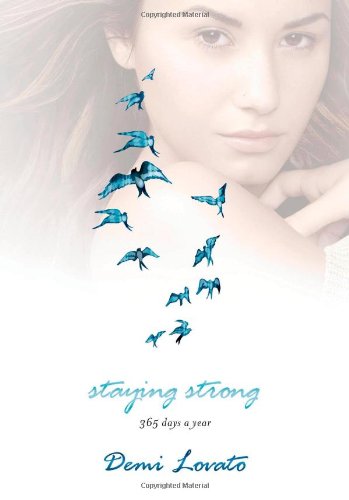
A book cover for Staying Strong: 365 Days a Year; Demi Lovato; Self-Help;